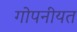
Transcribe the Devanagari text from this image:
गोपनीयत